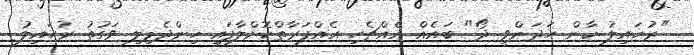
"ރުހައިލު ކާން ހަދަންވީ ދޯ" ބައެއް އެއްޗެހި އެއްފަރާތްކޮށްލާފައި ހިންދެމިލި ވަގުތު ރުހައިލު